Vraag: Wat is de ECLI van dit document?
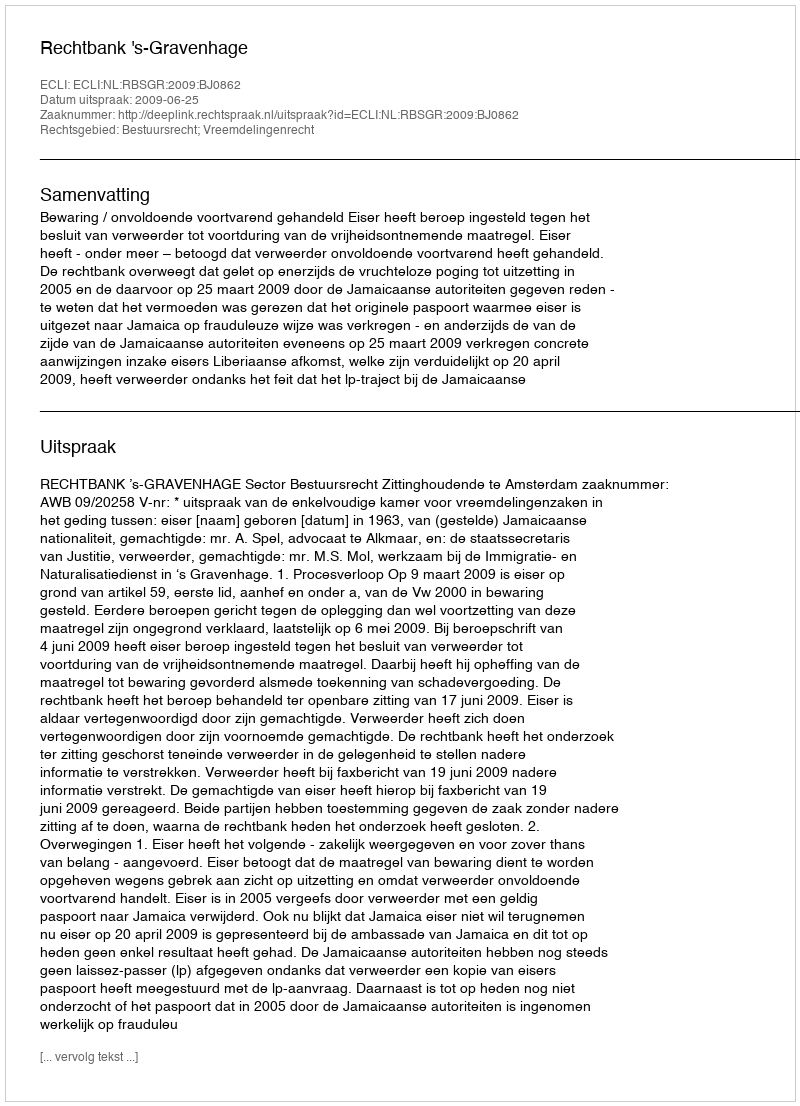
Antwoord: ECLI:NL:RBSGR:2009:BJ0862